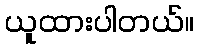
ယူထားပါတယ်။